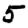
Digit: 5